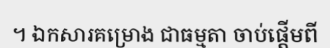
។ ឯកសារគម្រោង ជាធម្មតា ចាប់ផ្តើមពី